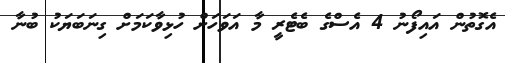
އެގޮތުން އައިފޯނު 4 އެސްގެ ބެޓެރީ މާ އަވަހަށް ހުޅިވާކަމަށް ގިނަބަޔަކު ބުނާ